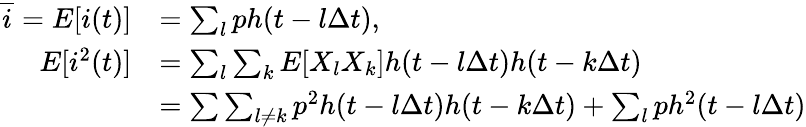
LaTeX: \begin{array}{rl}{\overline{{i}}=E[i(t)]}&{=\sum_{l}ph(t-l\Delta t),}\\ {E[i^{2}(t)]}&{=\sum_{l}\sum_{k}E[X_{l}X_{k}]h(t-l\Delta t)h(t-k\Delta t)}\\ &{=\sum\sum_{l\neq k}p^{2}h(t-l\Delta t)h(t-k\Delta t)+\sum_{l}ph^{2}(t-l\Delta t)}\end{array}